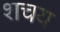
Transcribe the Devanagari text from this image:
शचय